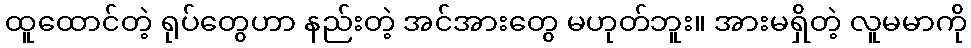
ထူထောင်တဲ့ ရုပ်တွေဟာ နည်းတဲ့ အင်အားတွေ မဟုတ်ဘူး။ အားမရှိတဲ့ လူမမာကို